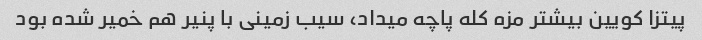
پیتزا کویین بیشتر مزه کله پاچه میداد، سیب زمینی با پنیر هم خمیر شده بود